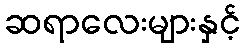
ဆရာလေးများနှင့်